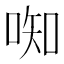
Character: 𫪦